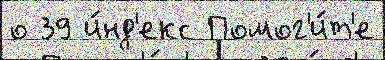
о 39 и́нд'екс Помог'и́т'е